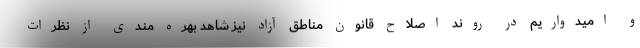
و امیدواریم در روند اصلاح قانون مناطق آزاد نیز شاهد بهره مندی از نظرات